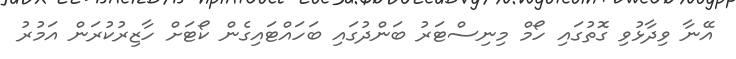
އޭނާ ވިދާޅުވި ގޮތުގައި ހޯމް މިނިސްޓަރު ބަންދުގައި ބަހައްޓައިގެން ކޯޓަށް ހާޒިރުކުރަން އަމުރު